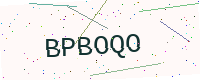
Text: BPBOQO